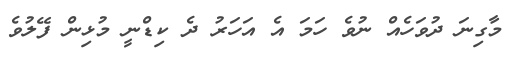
މާގިނަ ދުވަހެއް ނުވެ ހަމަ އެ އަހަރު ދެ ކިޑްނީ މުޅިން ފޭލުވެ